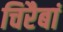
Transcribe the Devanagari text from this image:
चिरैबां